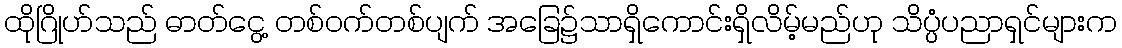
ထိုဂြိုဟ်သည် ဓာတ်ငွေ့ တစ်ဝက်တစ်ပျက် အခြေ၌သာရှိကောင်းရှိလိမ့်မည်ဟု သိပ္ပံပညာရှင်များက